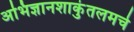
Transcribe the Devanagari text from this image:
अभिज्ञानशाकुंतलमचे